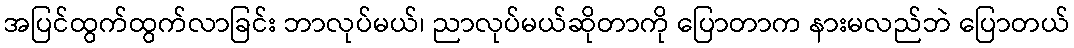
အပြင်ထွက်ထွက်လာခြင်း ဘာလုပ်မယ်၊ ညာလုပ်မယ်ဆိုတာကို ပြောတာက နားမလည်ဘဲ ပြောတယ်